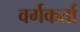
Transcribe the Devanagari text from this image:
वर्गकर्ता